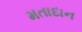
મતાદાન